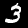
Label: 3